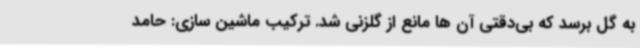
به گل برسد که بی‌دقتی آن ها مانع از گلزنی شد. ترکیب ماشین سازی: حامد